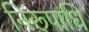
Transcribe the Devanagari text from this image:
निरूपाधि